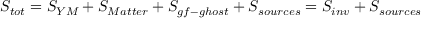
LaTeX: S _ { t o t } = S _ { Y M } + S _ { M a t t e r } + S _ { g f - g h o s t } + S _ { s o u r c e s } = S _ { i n v } + S _ { s o u r c e s }